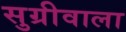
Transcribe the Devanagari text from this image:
सुग्रीवाला